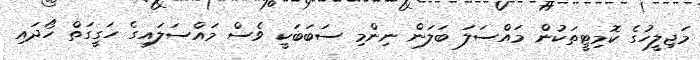
މަޖިލީހުގެ ކޮމިޓީތަކުން މައްސަލަ ބަލަން ނިންމި ސަބަބަކީ ވެސް މައްސަލައިގެ ހަގީގަތް ހޯދައި